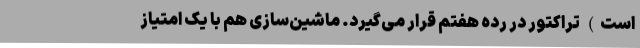
است) تراکتور در رده هفتم قرار می‌گیرد. ماشین‌سازی هم با یک امتیاز